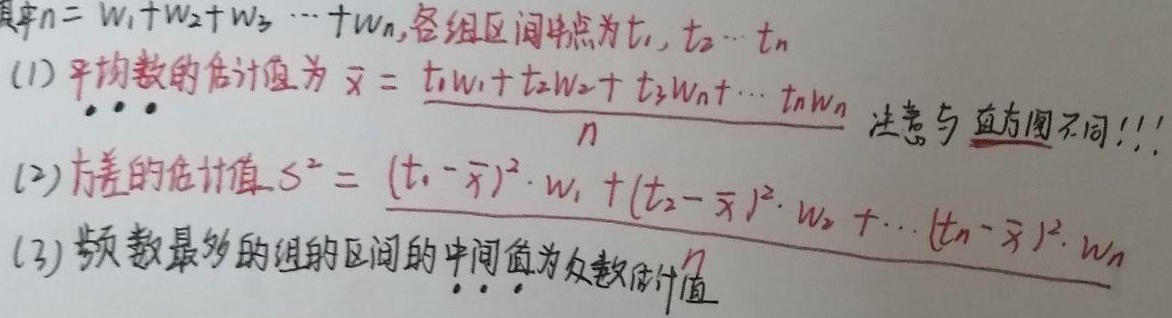
其中\(n = w_{1}+w_{2}+w_{3}+\cdots +w_{n}\)，各组区间中点为\(t_{1}, t_{2}\cdots t_{n}\)。
(1) 平均数的估计值为\(\bar{x} = \frac{t_{1}w_{1}+t_{2}w_{2}+ t_{3}w_{3}+\cdots +t_{n}w_{n}}{n}\) ，注意与 \underline{直方图}不同!!!
(2) 方差的估计值\(s^{2} = \frac{(t_{1}-\bar{x})^{2}\cdot w_{1} +(t_{2}-\bar{x})^{2}\cdot w_{2} +\cdots +(t_{n}-\bar{x})^{2}\cdot w_{n}}{n}\)
(3) 频数最多的组的区间的中间值为众数估计值